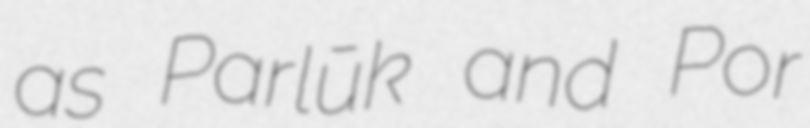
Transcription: as Parlūk and Por